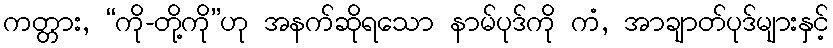
ကတ္တား, “ကို-တို့ကို”ဟု အနက်ဆိုရသော နာမ်ပုဒ်ကို ကံ, အာချာတ်ပုဒ်များနှင့်